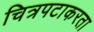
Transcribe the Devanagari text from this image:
चित्रपटाकरता